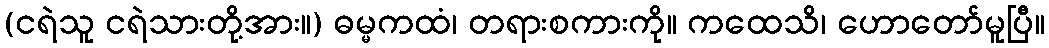
(ငရဲသူ ငရဲသားတို့အား။) ဓမ္မကထံ၊ တရားစကားကို။ ကထေသိ၊ ဟောတော်မူပြီ။